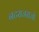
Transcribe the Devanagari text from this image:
नटराजराजो